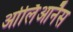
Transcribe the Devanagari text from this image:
ओर्लिआनैस